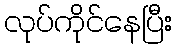
လုပ်ကိုင်နေပြီး